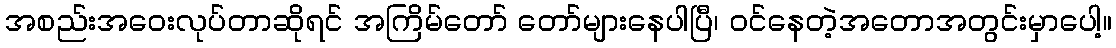
အစည်းအဝေးလုပ်တာဆိုရင် အကြိမ်တော် တော်များနေပါပြီ၊ ဝင်နေတဲ့အတောအတွင်းမှာပေါ့။